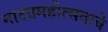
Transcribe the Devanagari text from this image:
नाट्यमहोत्सवाचे